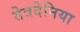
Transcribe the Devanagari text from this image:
तेत्रदेनिया